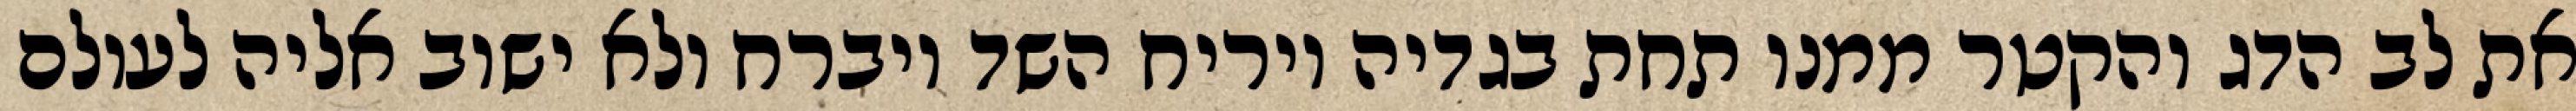
את לב הדג והקטר ממנו תחת בגדיה ויריח השד ויברח ולא ישוב אליה לעולם